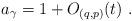
LaTeX: \begin{align*}a_\gamma=1+O_{(q,p)}(t) \ .\end{align*}